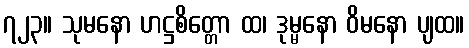
၇၂၃။ သုမနော ဟဋ္ဌစိတ္တော ထ၊ ဒုမ္မနော ဝိမနော ပျထ။